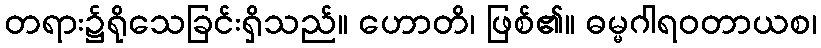
တရား၌ရိုသေခြင်းရှိသည်။ ဟောတိ၊ ဖြစ်၏။ ဓမ္မဂါရဝတာယစ၊